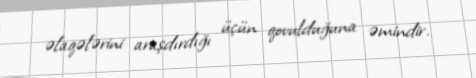
əlaqələrini araşdırdığı üçün qovulduğuna əmindir.